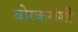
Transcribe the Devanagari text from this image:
बोरकरांशी